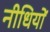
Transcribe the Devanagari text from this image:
नीधियों